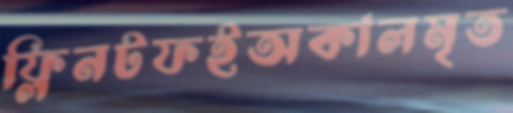
ফ্লিনটফইঅকালমৃত